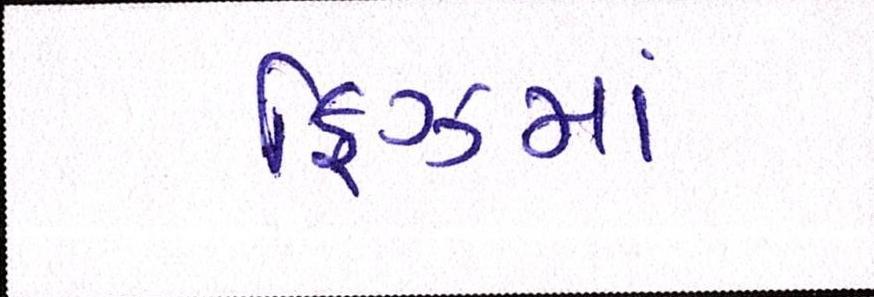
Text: ફ્રિઝમાં